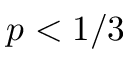
p < 1 / 3